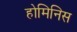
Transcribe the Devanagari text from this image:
होमिनिस